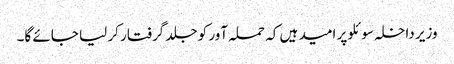
وزیر داخلہ سوئلو پر امید ہیں کہ حملہ آور کو جلد گرفتار کر لیا جائے گا۔